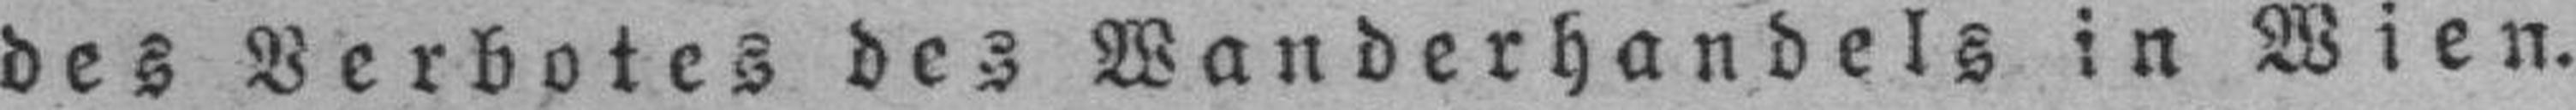
des Verbotes des Wanderhandels in Wien.